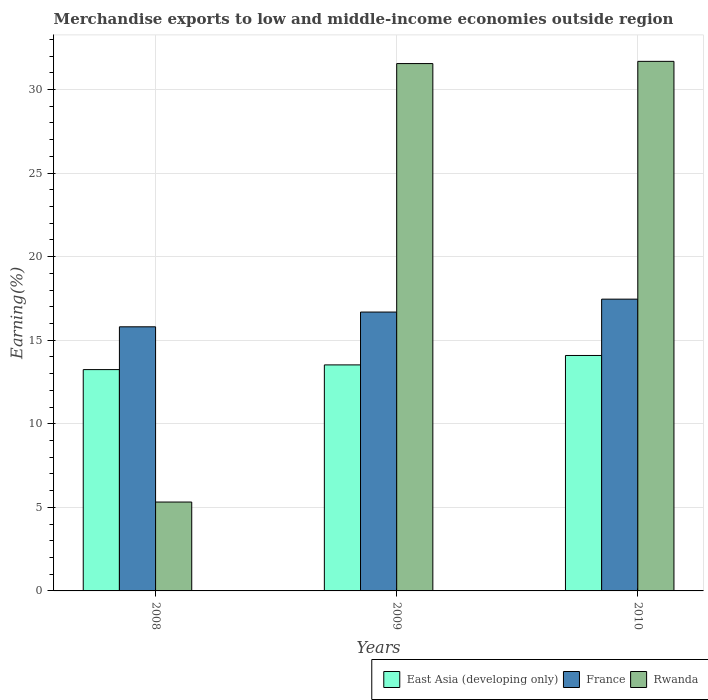
| Years | East Asia (developing only) | France | Rwanda |
 | --- | --- | --- | --- |
 | 2008 | 13.2 | 15.8 | 5.32 |
 | 2009 | 13.5 | 16.7 | 31.6 |
 | 2010 | 14.1 | 17.5 | 31.7 |